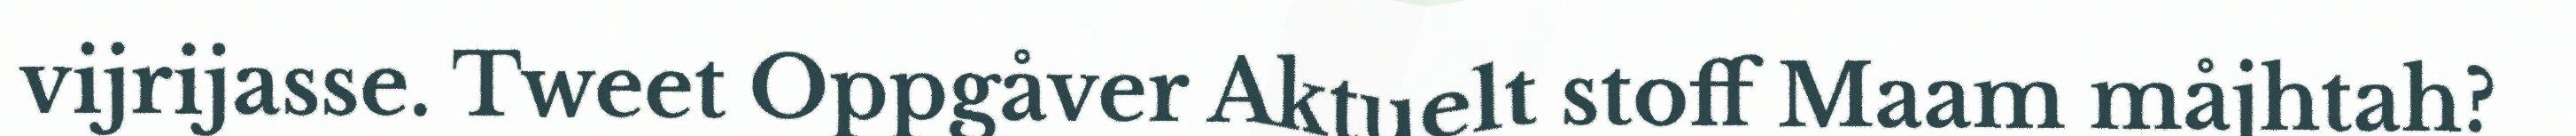
vijrijasse. Tweet Oppgåver Aktuelt stoff Maam måjhtah?